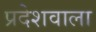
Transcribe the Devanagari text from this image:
प्रदेशवाला